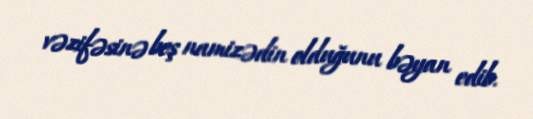
vəzifəsinə beş namizədin olduğunu bəyan edib.